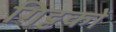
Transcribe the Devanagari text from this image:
गिट्टकों